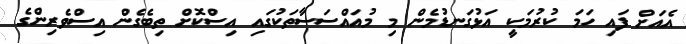
އެއަށް ފައި ހަމަ ކުރުމަކީ އަޅުގަނޑުމެން މި މުއައްސަސާތަކުގައި އިސްކޮށް ތިބެގެން އިސްވެރިންގެ